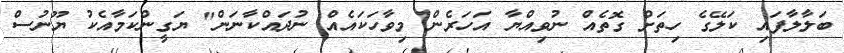
ބަލާލާފައި ކަލޭގެ ހިތަށް ގޮތެއް ނުވިއްޔާ އަހަރެން މިވާހަކައެއް ނުދައްކާނަން" ޔަގީންކަމާއެކު ޔޫނުސް